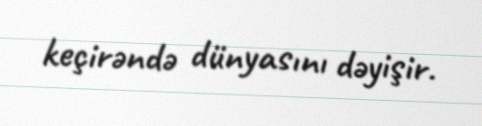
keçirəndə dünyasını dəyişir.